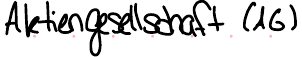
Aktiengesellschaft (AG)